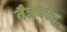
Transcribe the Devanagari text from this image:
तैत्रवाद